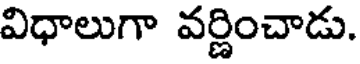
విధాలుగా వర్ణించాడు.